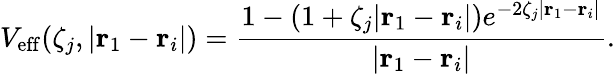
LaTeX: V_{\mathrm{eff}}(\zeta_{j},|\mathbf{r}_{1}-\mathbf{r}_{i}|)=\frac{1-(1+\zeta_{j}|\mathbf{r}_{1}-\mathbf{r}_{i}|)e^{-2\zeta_{j}|\mathbf{r}_{1}-\mathbf{r}_{i}|}}{|\mathbf{r}_{1}-\mathbf{r}_{i}|}.